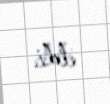
etdi.